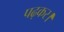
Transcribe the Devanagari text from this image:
पढ़कर।